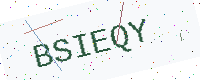
Text: BSIEQY